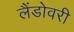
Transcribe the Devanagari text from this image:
लैंडोवरी